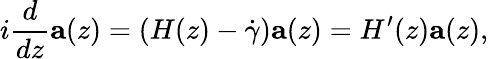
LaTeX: i\frac{d}{dz}\mathbf{a}(z)=(H(z)-\dot{\gamma})\mathbf{a}(z)=H^{\prime}(z)\mathbf{a}(z),